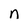
Character: n